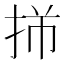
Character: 𫼩